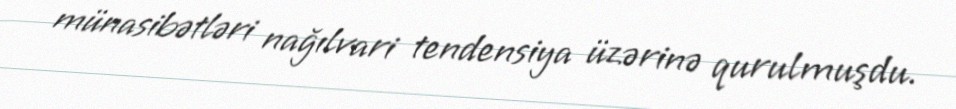
münasibətləri nağılvari tendensiya üzərinə qurulmuşdu.